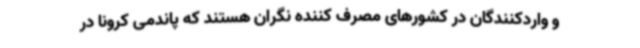
و واردکنندگان در کشورهای مصرف کننده نگران هستند که پاندمی کرونا در